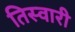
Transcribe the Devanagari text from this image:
तिस्वारी